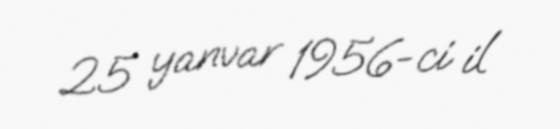
25 yanvar 1956-ci il